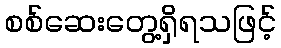
စစ်ဆေးတွေ့ရှိရသဖြင့်